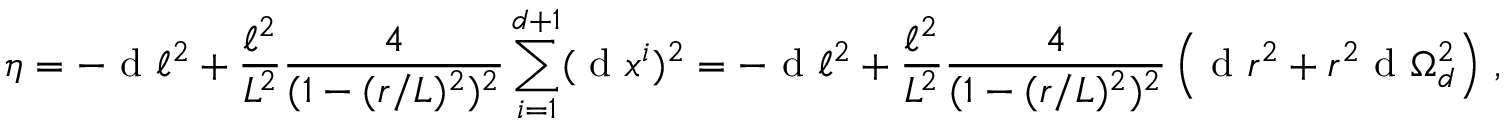
\eta = - \textnormal { d } \ell ^ { 2 } + \frac { \ell ^ { 2 } } { L ^ { 2 } } \frac { 4 } { ( 1 - ( r / L ) ^ { 2 } ) ^ { 2 } } \sum _ { i = 1 } ^ { d + 1 } ( \textnormal { d } x ^ { i } ) ^ { 2 } = - \textnormal { d } \ell ^ { 2 } + \frac { \ell ^ { 2 } } { L ^ { 2 } } \frac { 4 } { ( 1 - ( r / L ) ^ { 2 } ) ^ { 2 } } \left( \textnormal { d } r ^ { 2 } + r ^ { 2 } \textnormal { d } \Omega _ { d } ^ { 2 } \right) \, ,